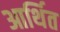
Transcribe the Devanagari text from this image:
आर्थित